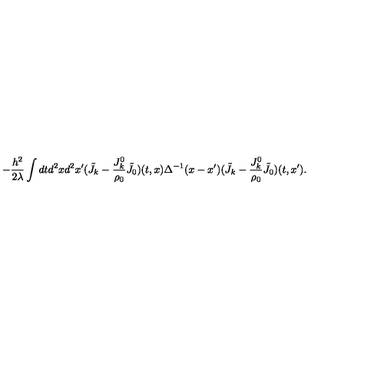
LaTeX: - \frac { h ^ { 2 } } { 2 \lambda } \int d t d ^ { 2 } x d ^ { 2 } x ^ { \prime } ( { \tilde { J } } _ { k } - \frac { J _ { k } ^ { 0 } } { \rho _ { 0 } } { \tilde { J } } _ { 0 } ) ( t , x ) \Delta ^ { - 1 } ( x - x ^ { \prime } ) ( { \tilde { J } } _ { k } - \frac { J _ { k } ^ { 0 } } { \rho _ { 0 } } { \tilde { J } } _ { 0 } ) ( t , x ^ { \prime } ) .